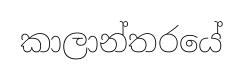
කාලාන්තරයේ